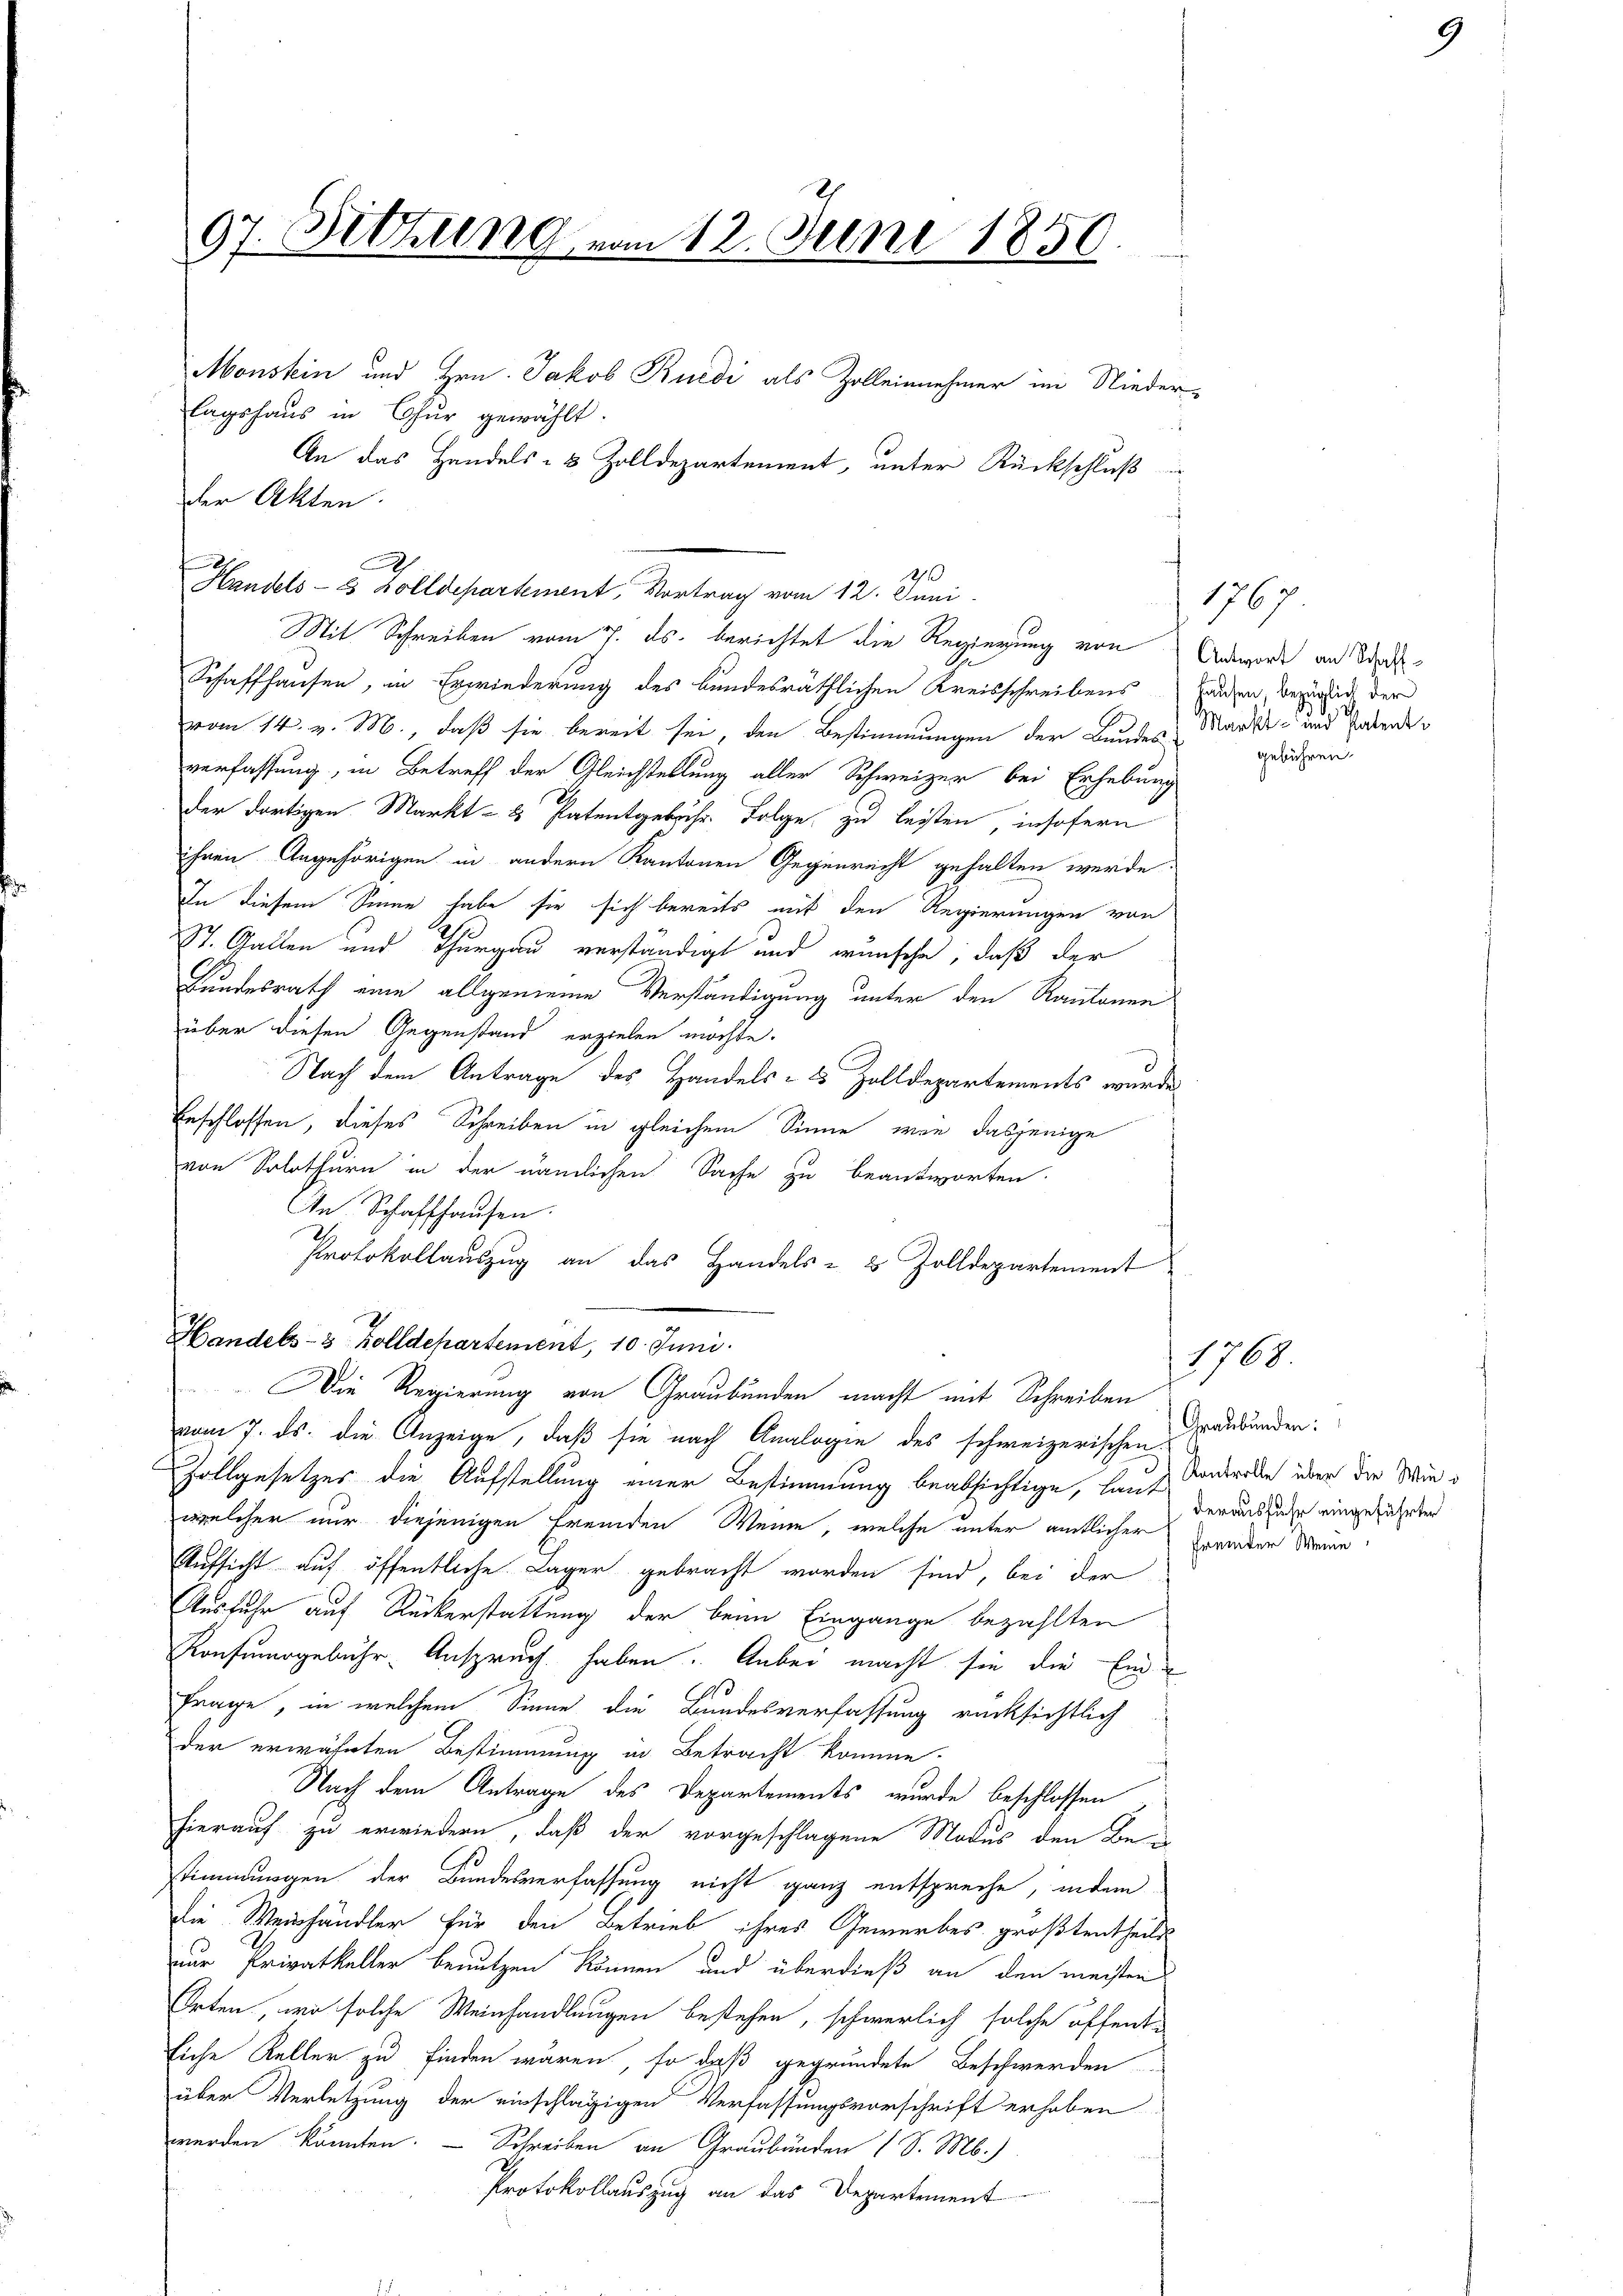
97. Sitzung vom 12. Juni 1850.

lagshaus in Chur gewählt.
der Akten.
A

Handels- & Zolldepartement, 10. Juni.

Monstein und Hrn. Jakob Rüedi als Zolleinnehmer im Nieder¬
An das Handels- & Zolldepartement, unter Rückschluß

Handels- 8 Zolldepartement, Vortrag vom 12. Juni.
Mit Schreiben vom 7. ds. berichtet die Regierung von
Schaffhausen, in Erwiederung des bundesräthlichen Kreisschreibens
vom 14. v. M., daß sie bereit sei, den Bestimmungen der Bundes Markt- und Patende
verfassung, in Betreff der Gleichstellung aller Schweizer bei Erhebung
der dortigen Markt- u Patentgebühr. Folge zu leisten, insofern
ihren Angehörigen in andern Kantonen Gegenrecht gehalten werde:
In diesem Sinne habe sie sich bereits mit den Regierungen von
St. Gallen und Thurgau verständigt und wünsche, daß der
Bundesrath eine allgemeine Verständigung unter den Kantonen
über diesen Gegenstand erzielen möchte.
g
Nach dem Antrage des Handels- & Zolldepartements wurde
beschlossen, dieses Schreiben in gleichem Sinne, wie dasjenige
von Solothurn in der nämlichen Sache zu beantworten.
In Schaffhausen.
Protokollauszug an das Handels- & Zolldepartement
Die Regierung von Graubünden macht mit Schreiben
vom 7. ds. die Anzeige, daß sie nach Analogie des schweizerischen
Zollgesetzes die Aufstellung einer Bestimmung beabsichtige, laut
welcher nur diejenigen fremden Wein, welche unter amtlicher
Aufsicht auf öffentliche Lager gebracht worden sind, bei der
Ausfuhr auf Rückerstattung der beim Eingange bezahlten
Konsumsgebühr Anspruch haben. Anbei macht sie die Ein¬
Frage, in welchem Sinne die Bundesverfassung rücksichtlich
der erwähnten Bestimmung in Betracht komme.
Nach dem Antrage des Departements wurde beschlossen
hierauf zu erwiedern, daß der vorgeschlagene Modus den Be-
1
C
stimmungen der Bundesverfassung nicht ganz entspreche, indem
die. Weinhändler für den Betrieb ihres Gewerbes größtentheils
nur Privatkeller benutzen können und überdieß an den meisten
Orten, wo solche Weinhandlungen bestehen, schwerlich solche öffentliche Keller zu finden wären, so daß gegründete Beschwerden
über Verletzung der einschlägigen Verfassungsvorschrift erhoben.
werden könnten. — Schreiben an Graubünden (S. M.)
Protokollauszug an das Departement

2

1767
Antwort an Schaff-
hausen, bezüglich der
gebühren.

Graubünden:
Kontrolle über die Wiederausfuhr eingeführten
fremder Weine

1768.